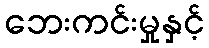
ဘေးကင်းမှုနှင့်